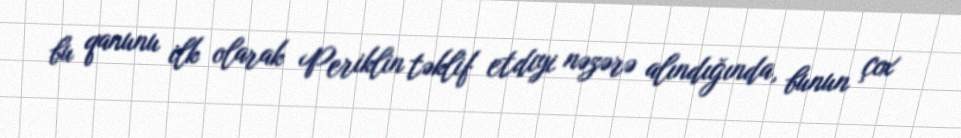
bu qanunu ilk olarak Periklin təklif etdiyi nəzərə alındığında, bunun çox